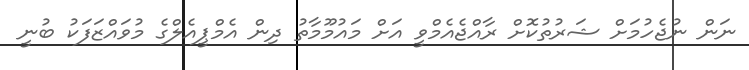
ނަން ނުޖެހުމަށް ޝަރުތުކޮށް ރާއްޖެއެމްވީ އަށް މައުމޫމާތު ދިން އެމްޕީއެލްގެ މުވައްޒަފަކު ބުނީ